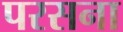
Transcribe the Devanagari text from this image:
परसना